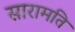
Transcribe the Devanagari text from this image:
सारामति